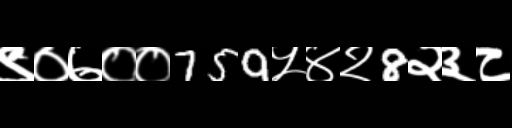
Text: ९०७००759५४२8२३८